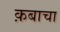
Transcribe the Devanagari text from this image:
क़बाचा